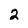
Character: 2